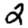
Digit: 2